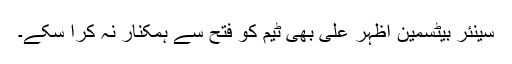
سینئر بیٹسمین اظہر علی بھی ٹیم کو فتح سے ہمکنار نہ کرا سکے۔